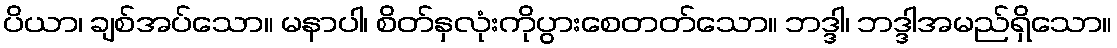
ပိယာ၊ ချစ်အပ်သော။ မနာပါ၊ စိတ်နှလုံးကိုပွားစေတတ်သော။ ဘဒ္ဒါ၊ ဘဒ္ဒါအမည်ရှိသော။